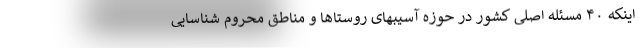
اینکه ۴۰ مسئله اصلی کشور در حوزه آسیبهای روستاها و مناطق محروم شناسایی